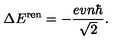
\Delta E ^ { \mathrm { r e n } } = - \frac { e v n \hbar } { \sqrt { 2 } } .